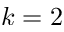
k = 2